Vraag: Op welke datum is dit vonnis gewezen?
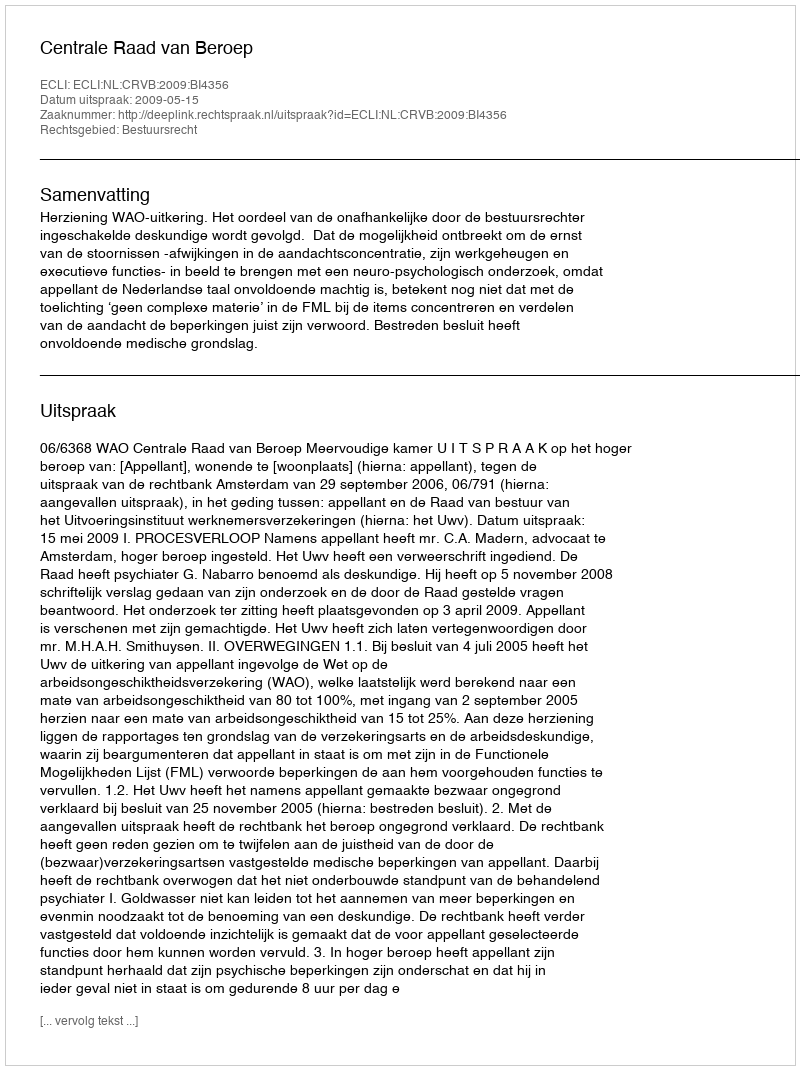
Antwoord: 2009-05-15